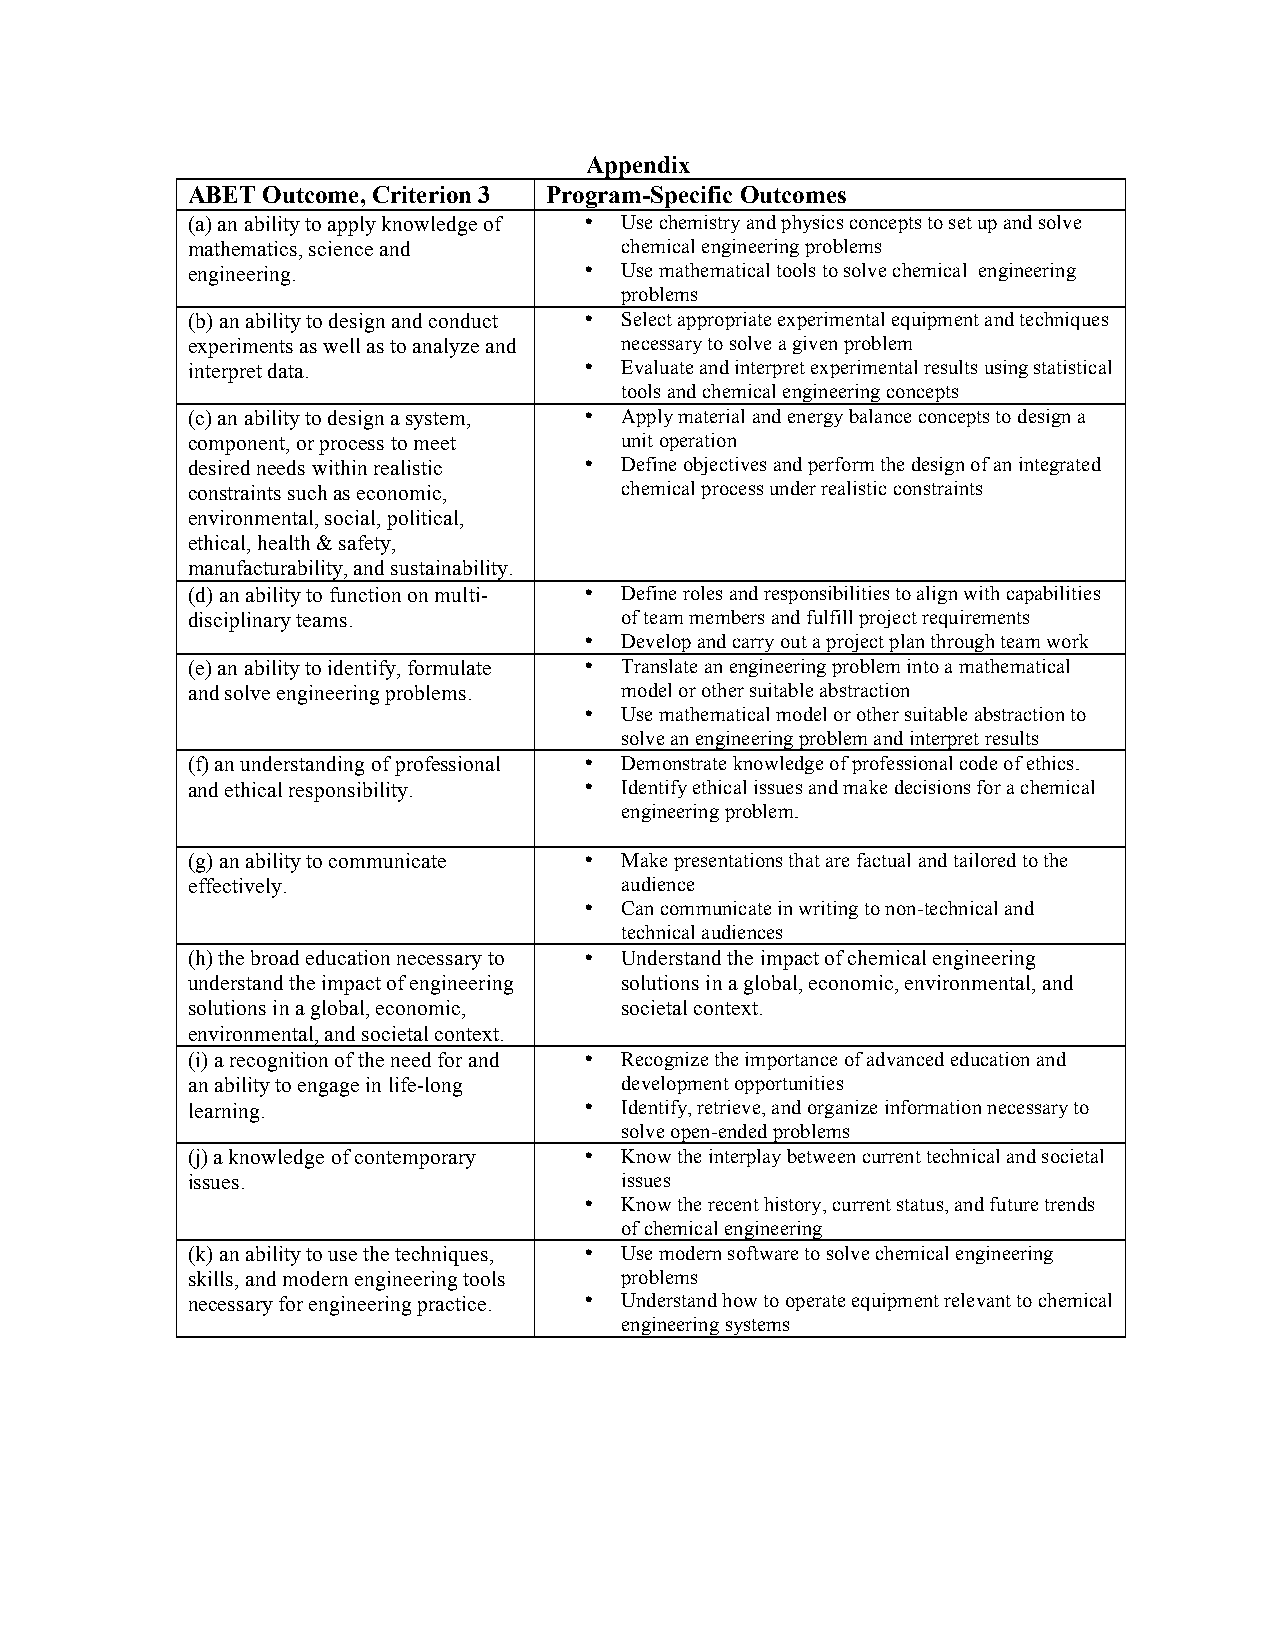
Appendix
 ABET Outcome, Criterion 3 Program-Specific Outcomes
 (a) an ability to apply knowledge of • Use chemistry and physics concepts to set up and solve
 mathematics, science and     chemical engineering problems
 engineering.               • Use mathematical tools to solve chemical engineering
 problems
 (b) an ability to design and conduct • Select appropriate experimental equipment and techniques
 experiments as well as to analyze and necessary to solve a given problem
 interpret data.            • Evaluate and interpret experimental results using statistical
 tools and chemical engineering concepts
 (c) an ability to design a system, • Apply material and energy balance concepts to design a
 component, or process to meet unit operation
 desired needs within realistic • Define objectives and perform the design of an integrated
 constraints such as economic, chemical process under realistic constraints
 environmental, social, political,
 ethical, health & safety,
 manufacturability, and sustainability.
 (d) an ability to function on multi- • Define roles and responsibilities to align with capabilities
 disciplinary teams.          of team members and fulfill project requirements
 • Develop and carry out a project plan through team work
 (e) an ability to identify, formulate • Translate an engineering problem into a mathematical
 and solve engineering problems. model or other suitable abstraction
 • Use mathematical model or other suitable abstraction to
 solve an engineering problem and interpret results
 (f) an understanding of professional • Demonstrate knowledge of professional code of ethics.
 and ethical responsibility. • Identify ethical issues and make decisions for a chemical
 engineering problem.
 (g) an ability to communicate • Make presentations that are factual and tailored to the
 effectively.                 audience
 • Can communicate in writing to non-technical and
 technical audiences
 (h) the broad education necessary to • Understand the impact of chemical engineering
 understand the impact of engineering solutions in a global, economic, environmental, and
 solutions in a global, economic, societal context.
 environmental, and societal context.
 (i) a recognition of the need for and • Recognize the importance of advanced education and
 an ability to engage in life-long development opportunities
 learning.                  • Identify, retrieve, and organize information necessary to
 solve open-ended problems
 (j) a knowledge of contemporary • Know the interplay between current technical and societal
 issues.                      issues
 • Know the recent history, current status, and future trends
 of chemical engineering
 (k) an ability to use the techniques, • Use modern software to solve chemical engineering
 skills, and modern engineering tools problems
 necessary for engineering practice. • Understand how to operate equipment relevant to chemical
 engineering systems